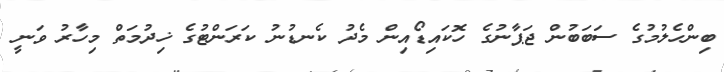
ބިންހެލުމުގެ ސަބަބުން ޖަޕާނުގެ ހޮކައިޑޯއިން މެދު ކެނޑުނު ކަރަންޓުގެ ޚިދުމަތް މިހާރު ވަނީ